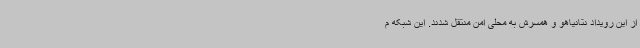
از این رویداد نتانیاهو و همسرش به محلی امن منتقل شدند. این شبکه م